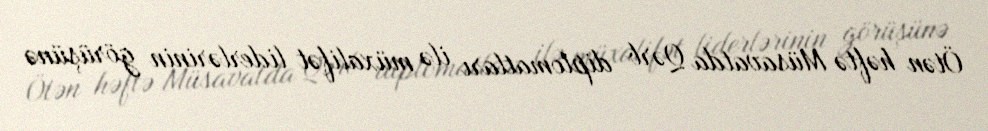
Ötən həftə Müsavatda Qərb diplomatları ilə müxalifət liderlərinin görüşünə